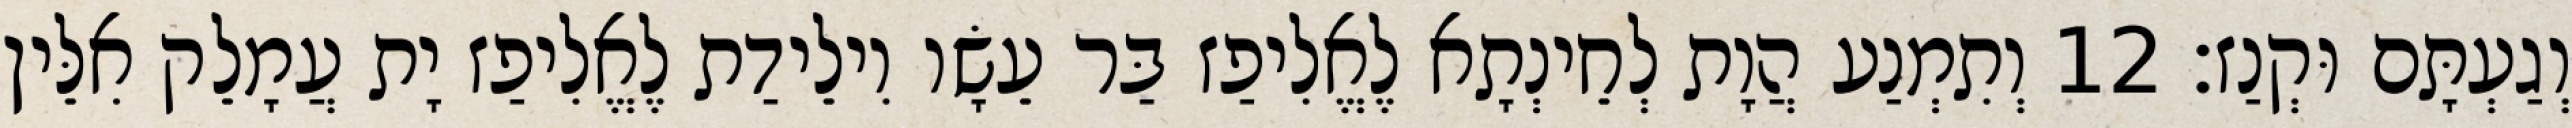
וְגַעְתָּם וּקְנַז׃ 12 וְתִמְנַע הֲוָת לְחֵינְתָא לֶאֱלִיפַז בַּר עֵשָׂו וִילֵידַת לֶאֱלִיפַז יָת עֲמָלֵק אִלֵּין